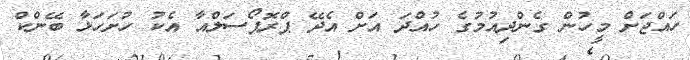
ހައްޖަށް މީހުން ގެންދިއުމުގެ ހުއްދަ އަށް އެދޭ ޕްރޮޕޯސަލްއާ އެކު ހުށަހަޅާ ބޭންކް